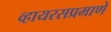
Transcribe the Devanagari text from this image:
व्हायरसप्रमाणे